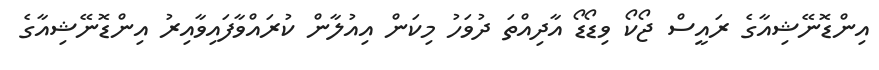
އިންޑޮނޭޝިއާގެ ރައީސް ޖޯކޯ ވިޑޯޑޯ އާދިއްތަ ދުވަހު މިކަން އިއުލާން ކުރައްވާފައިވާއިރު އިންޑޮނޭޝިއާގެ